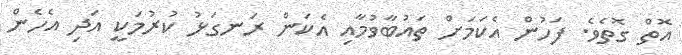
އޮތް ގޮތެވެ. ފަހުން އެކަމަށް ތައުބާވުމާއި އެކަން ރަނގަޅު ކުރުމަކީ އަދި އެހެން